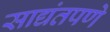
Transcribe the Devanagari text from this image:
साद्यंतपणे